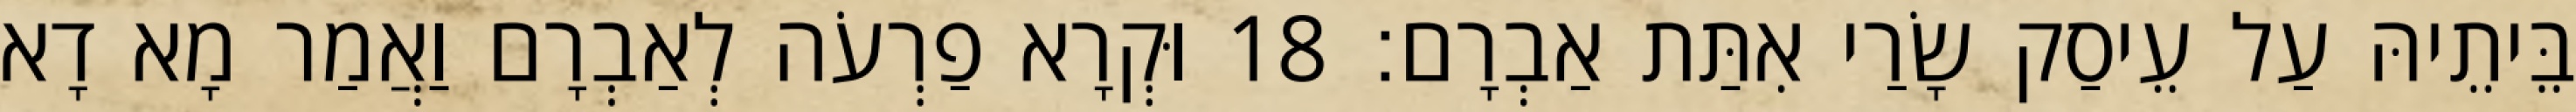
בֵּיתֵיהּ עַל עֵיסַק שָׂרַי אִתַּת אַבְרָם׃ 18 וּקְרָא פַרְעֹה לְאַבְרָם וַאֲמַר מָא דָא